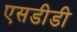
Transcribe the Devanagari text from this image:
एसडीडी